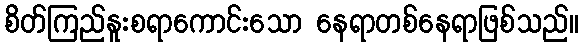
စိတ်ကြည်နူးစရာကောင်းသော နေရာတစ်နေရာဖြစ်သည်။